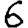
Digit: 6